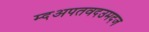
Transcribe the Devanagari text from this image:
म्दअपतवदउमदज